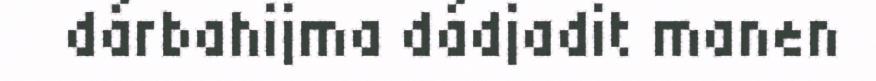
dárbahijma dádjadit manen